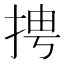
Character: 𱟼